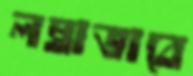
লম্বাভাবে